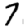
Digit: 7